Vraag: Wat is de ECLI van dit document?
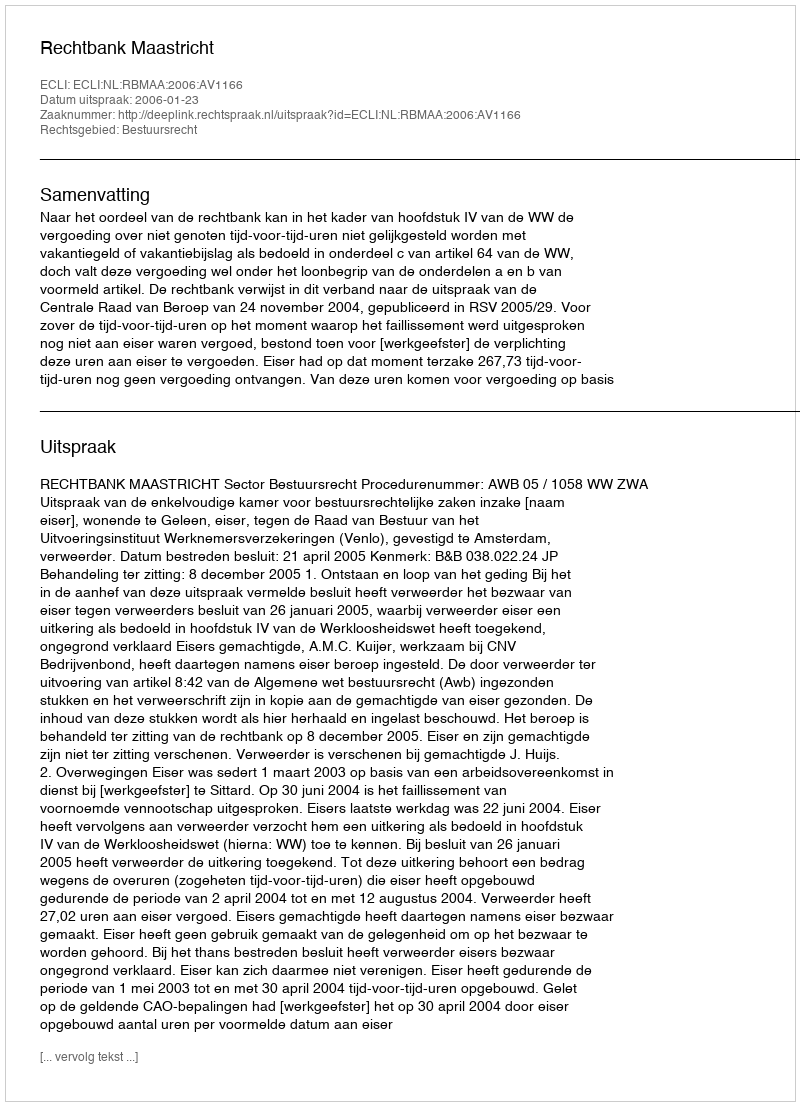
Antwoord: ECLI:NL:RBMAA:2006:AV1166